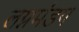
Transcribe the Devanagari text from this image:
लग्नमंडप